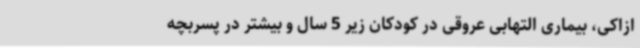
ازاکی، بیماری التهابی عروقی در کودکان زیر 5 سال و بیشتر در پسربچه